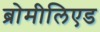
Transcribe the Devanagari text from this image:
ब्रोमीलिएड